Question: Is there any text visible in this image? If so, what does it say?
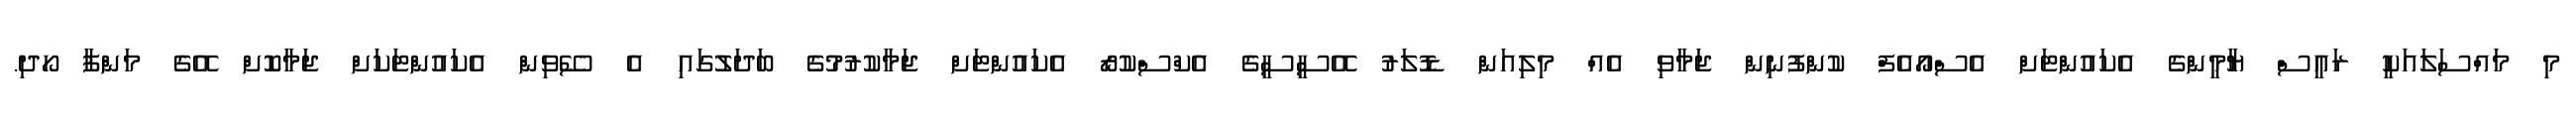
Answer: މި މައްސަލައަކީ ރައީސް ޔާމީންގެ އެކައުންޓަށް އެސްއޯއެފް ކުންފުނިން ޖަމާވި އެއް މިލިއަން ޑޮލަރު އޭސީސީގެ އެކްސްކުރޯ އެކައުންޓަށް ޖަމާކުރުމުގެ ބަދަލުގައި އެ ސޭވިން އެކައުންޓަކަށް ޖަމާކޮށް އޭގެ މަންފާ ހޯދި.